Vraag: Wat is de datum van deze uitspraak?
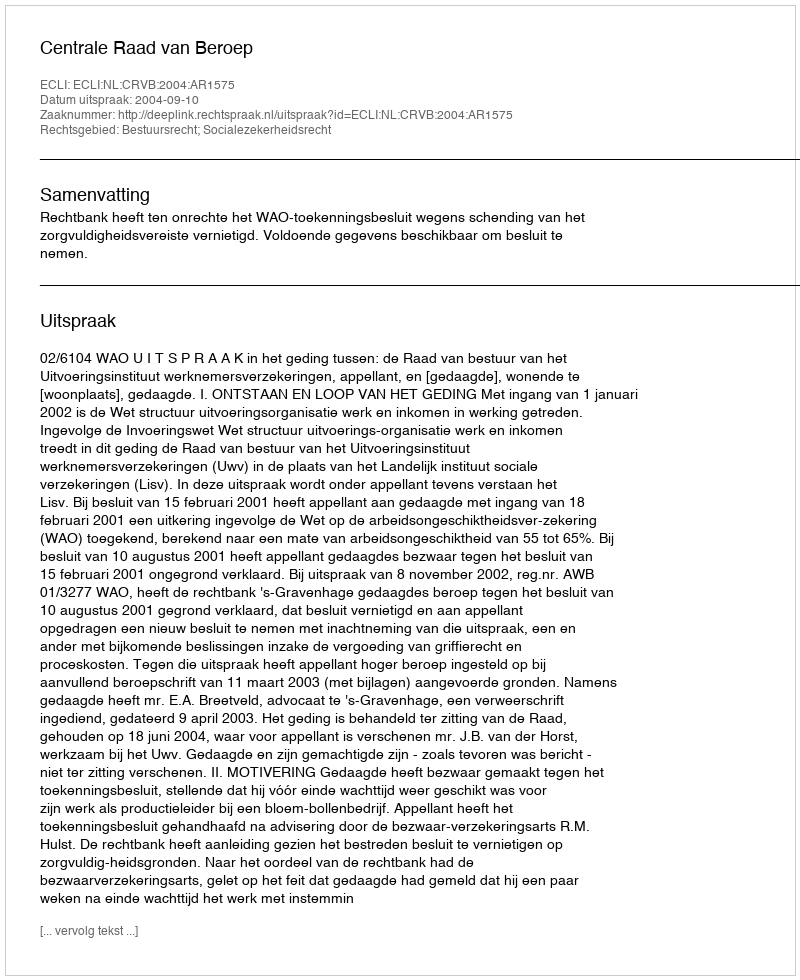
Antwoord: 2004-09-10